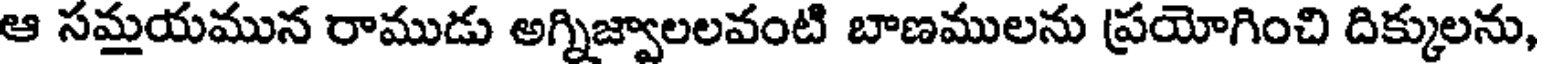
ఆ సమయమున రాముడు అగ్నిజ్వాలలవంటి బాణములను ప్రయోగించి దిక్కులను,